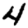
Digit: 4